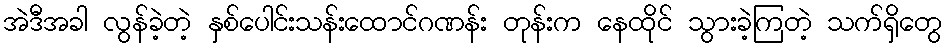
အဲဒီအခါ လွန်ခဲ့တဲ့ နှစ်ပေါင်းသန်းထောင်ဂဏန်း တုန်းက နေထိုင် သွားခဲ့ကြတဲ့ သက်ရှိတွေ